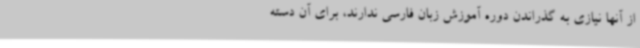
از آنها نیازی به گذراندن دوره آموزش زبان فارسی ندارند، برای آن دسته